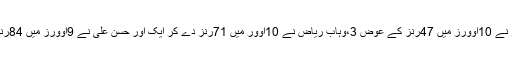
پاکستان کی طرف سے محمد عامر نے 10اوورز میں 47رنز کے عوض 3،وہاب ریاض نے 10اوور میں 71رنز دے کر ایک اور حسن علی نے 9اوورز میں 84رنز دیے اور ایک وکٹ اپنے نام کی۔